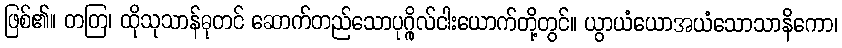
ဖြစ်၏။ တတြ၊ ထိုသုသာန်ဓုတင် ဆောက်တည်သောပုဂ္ဂိုလ်ငါးယောက်တို့တွင်။ ယွာယံယောအယံသောသာနိကော၊